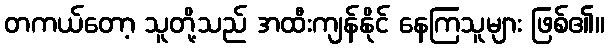
တကယ်တော့ သူတို့သည် အထီးကျန်နိုင် နေကြသူများ ဖြစ်၏။